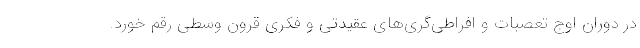
در دوران اوج تعصبات و افراطی‌گری‌های عقیدتی و فکری قرون وسطی رقم خورد.